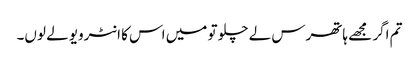
تم اگر مجھے ہاتھرس لے چلو تو میں اس کا انٹرویو لے لوں۔